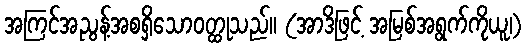
အကြင်အညွန့်အစရှိသောဝတ္ထုသည်။ (အာဒိဖြင့် အမြစ်အရွက်ကိုယူ၊)